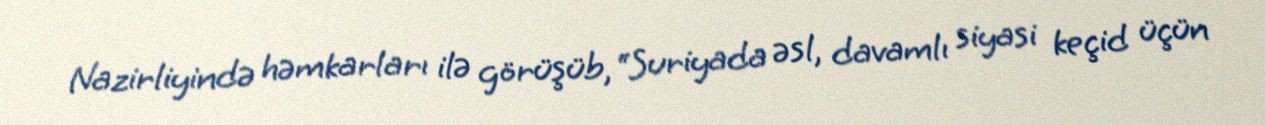
Nazirliyində həmkarları ilə görüşüb, “Suriyada əsl, davamlı siyasi keçid üçün